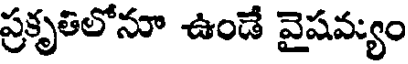
ప్రకృతిలోనూ ఉండే వైషమ్యం